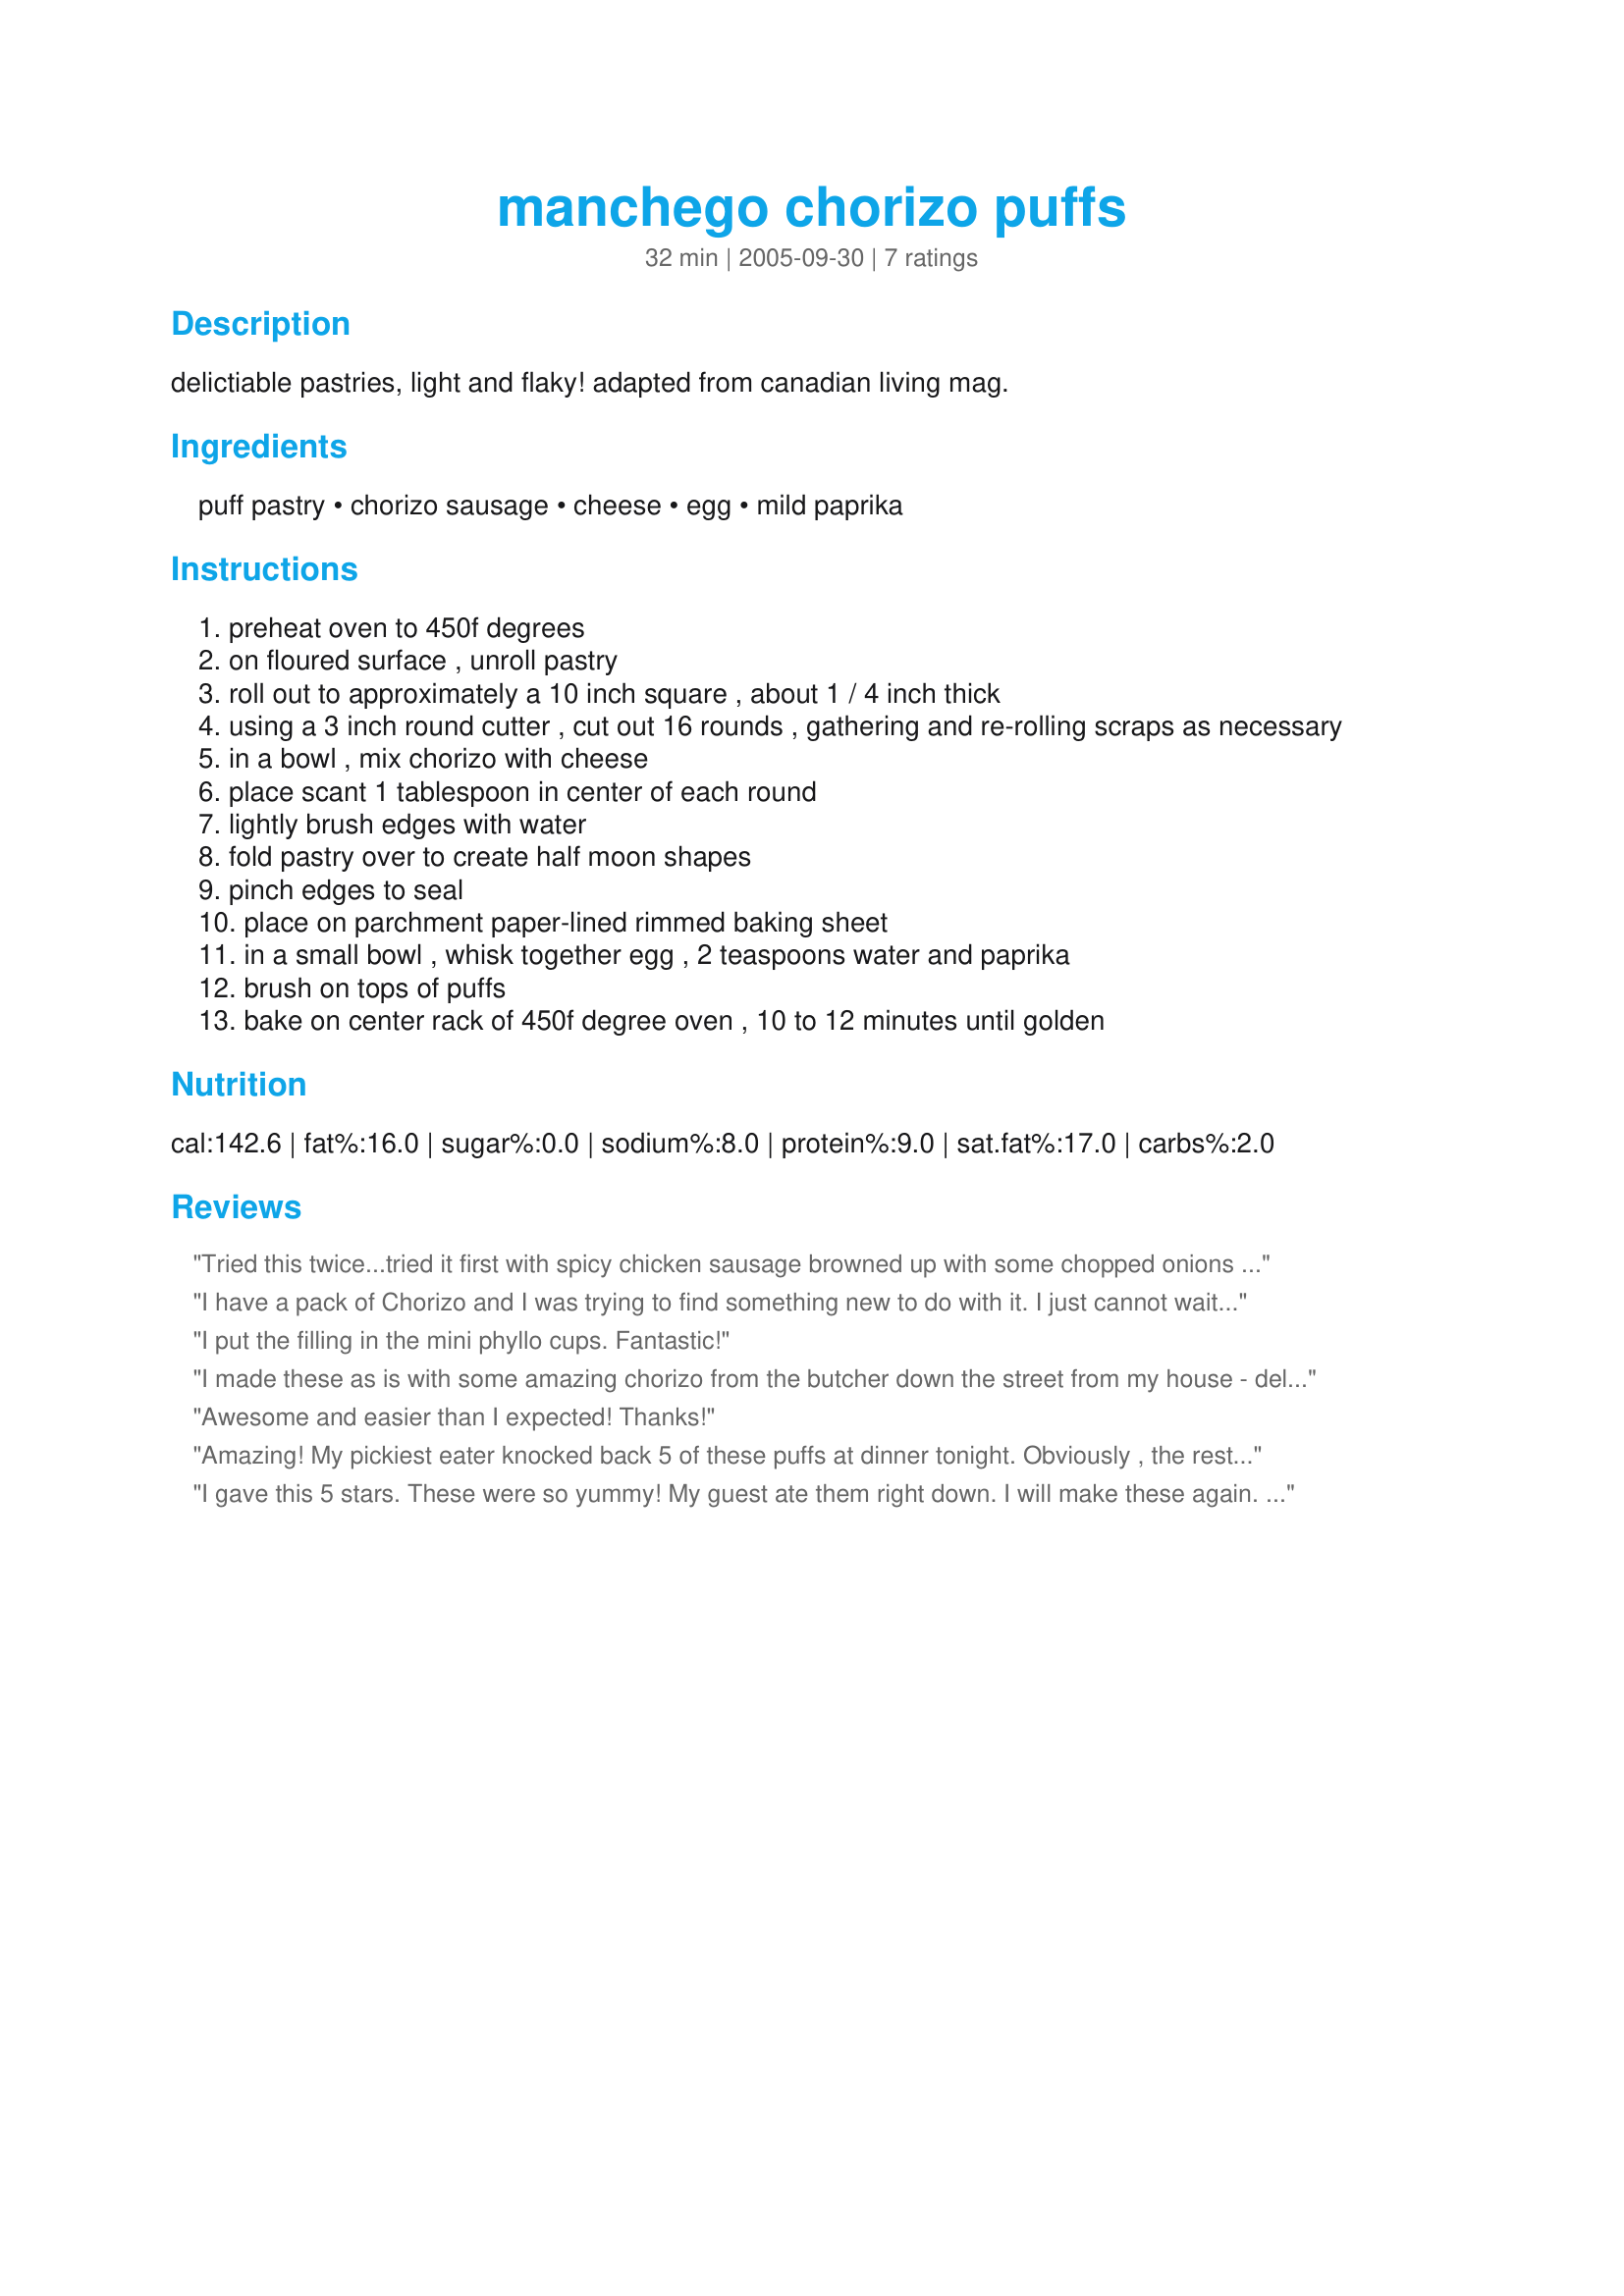
manchego chorizo puffs
Preparation time: 32 minutes

delictiable pastries, light and flaky!
adapted from canadian living mag.

Ingredients:
puff pastry, chorizo sausage, cheese, egg, mild paprika

Steps:
preheat oven to 450f degrees
on floured surface , unroll pastry
roll out to approximately a 10 inch square , about 1 / 4 inch thick
using a 3 inch round cutter , cut out 16 rounds , gathering and re-rolling scraps as necessary
in a bowl , mix chorizo with cheese
place scant 1 tablespoon in center of each round
lightly brush edges with water
fold pastry over to create half moon shapes
pinch edges to seal
place on parchment paper-lined rimmed baking sheet
in a small bowl , whisk together egg , 2 teaspoons water and paprika
brush on tops of puffs
bake on center rack of 450f degree oven , 10 to 12 minutes until golden

Reviews:
Tried this twice...tried it first with spicy chicken sausage browned up with some chopped onions and garlic...second time followed the recipe using raw chorizo browned in a pan and mixed with manchego before wrapping in puff pastry..Both times had excellent results. I made them the day before, refrigerated them overnight and quickly brushed the tops with egg mixture and baked them before company arrived. Will be making again! Thanks!
I have a pack of Chorizo and I was trying to find something new to do with it. I just cannot wait to try this tomorrow. I already know this will be delicious. Thanks for the idea. :)
I put the filling in the mini phyllo cups. Fantastic!
I made these as is with some amazing chorizo from the butcher down the street from my house - delicious! Perfect for a football Sunday. I put them out some whole grain mustard as a dipper that made them even better!
Awesome and easier than I expected! Thanks!
Amazing! My pickiest eater knocked back 5 of these puffs at dinner tonight. Obviously , the rest of us loved them too. I served them as an entree with a side of Spanish green beans and the whole family requested that I add them to our &quot;favorites&quot; list. Thank you!&lt;br/&gt;.
I gave this 5 stars. These were so yummy! My guest ate them right down. I will make these again. My only problem was I forgot to seal the puff pastry with water and they came unsealed and puffed open. Still very good. Thanks for posting a yummy recipe. Christine (internetnut)
